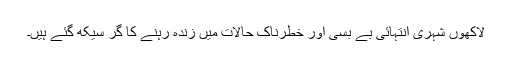
لاکھوں شہری انتہائی بے بسی اور خطرناک حالات میں زندہ رہنے کا گر سیکھ گئے ہیں۔